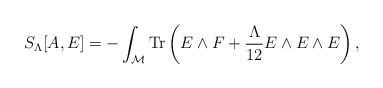
\begin{align*}S_\Lambda[A,E] = -\int_{\cal M} {\rm Tr}\left(E\wedge F + {\Lambda\over 12} E\wedge E\wedge E\right),\end{align*}